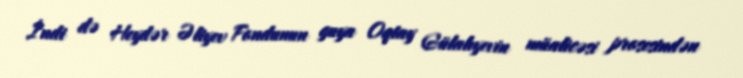
İndi də Heydər Əliyev Fondunun guya Oqtay Gülalıyevin müalicəsi prosesindən